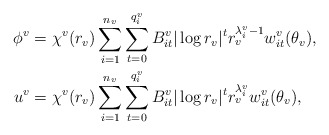
\begin{align*} \phi^v &= \chi^v(r_v) \sum_{i=1}^{n_v}\sum_{t=0}^{q_i^v} B_{it}^v |\log r_v|^t r_v^{\lambda_i^v-1} w_{it}^v(\theta_v), \\ u^v &= \chi^v(r_v) \sum_{i=1}^{n_v}\sum_{t=0}^{q_i^v} B_{it}^v |\log r_v|^t r_v^{\lambda_i^v} w_{it}^v(\theta_v),\end{align*}